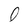
Character: O